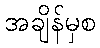
အချိန်မှစ